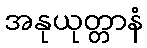
အနုယုတ္တာနံ